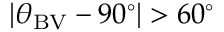
| \theta _ { \mathrm { B V } } - 9 0 ^ { \circ } | > 6 0 ^ { \circ }